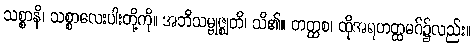
သစ္စာနိ၊ သစ္စာလေးပါးတို့ကို။ အဘိသမ္ဗုဇ္ဈတိ၊ သိ၏။ တတ္ထစ၊ ထိုအရဟတ္ထမဂ်၌လည်း။